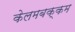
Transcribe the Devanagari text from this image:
केलमबक्कम